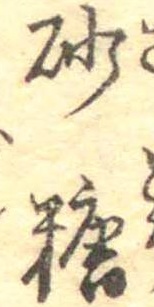
砂糖